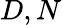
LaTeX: D,N